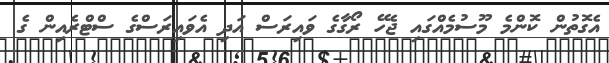
އެގޮތުން ކޮންމެ މޫސުމެއްގައި ޖެހޭ ރޯގާގެ ވައިރަސް އަދި އެވައިރަސްގެ ސްޓްރެއިން ގެ